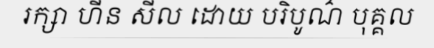
រក្សា ហីន សីល ដោយ បរិបូណ៌ បុគ្គល